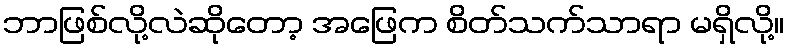
ဘာဖြစ်လို့လဲဆိုတော့ အဖြေက စိတ်သက်သာရာ မရှိလို့။